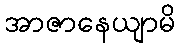
အာဇာနေယျာမိ